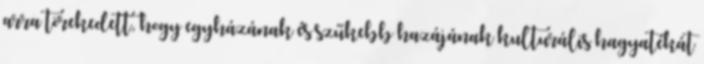
arra törekedett, hogy egyházának és szűkebb hazájának kulturális hagyatékát